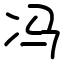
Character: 冯